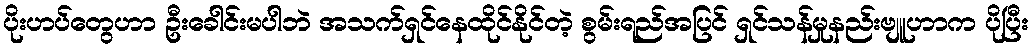
ပိုးဟပ်တွေဟာ ဦးခေါင်းမပါဘဲ အသက်ရှင်နေထိုင်နိုင်တဲ့ စွမ်းရည်အပြင် ရှင်သန်မှုနည်းဗျူဟာက ပိုပြီး